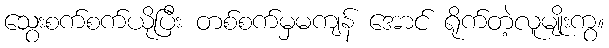
သွေးစက်စက်ယိုပြီး တစ်စက်မှမကျန် အောင် ရိုက်တဲ့လူမျိုးကွ။